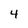
Character: 4